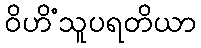
ဝိဟိံသူပရတိယာ